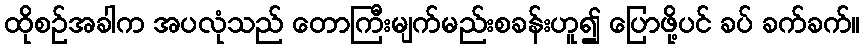
ထိုစဉ်အခါက အပလုံသည် တောကြီးမျက်မည်းစခန်းဟူ၍ ပြောဖို့ပင် ခပ် ခက်ခက်။